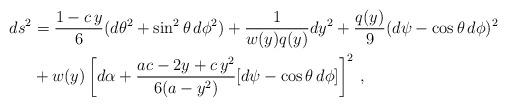
LaTeX: \begin{align*}ds^2 & = \frac{1-c\, y}{6}( d \theta^2 + \sin^2 \theta\, d \phi^2)+ \frac{1}{w(y)q(y)} dy^2+ \frac{q(y)}{9} ( d\psi - \cos \theta \, d \phi)^2\\& +w(y)\left[ d\alpha + \frac{ac -2y+ c\, y^2}{6(a-y^2)}[d\psi - \cos\theta \, d\phi]\right]^2\,,\end{align*}